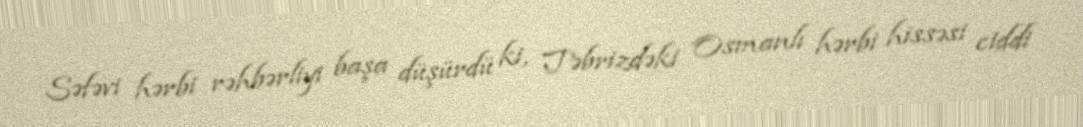
Səfəvi hərbi rəhbərliyi başa düşürdü ki, Təbrizdəki Osmanlı hərbi hissəsi ciddi